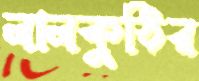
লালকুঠির